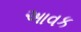
આવક